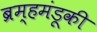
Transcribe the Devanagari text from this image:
ब्रम्हमंडूकी